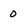
Character: 0